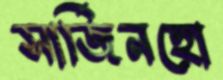
সার্জিনহো